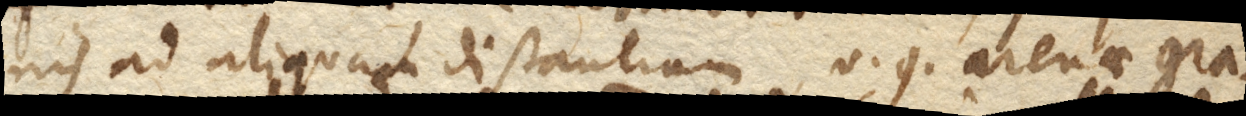
nis ad aliquam distantiam, v. g. arenae gra–